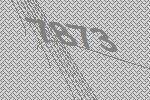
7873